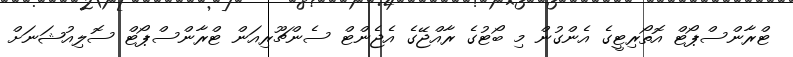
ޓްރާންސްޕޯޓް އޮތޯރިޓީގެ އެންގުން މި ބޯޓުގެ ރާއްޖޭގެ އެޖެންޓް ސެންޗޫރިއަން ޓްރާންސްޕޯޓް ސޮލިއުޝަނަށް